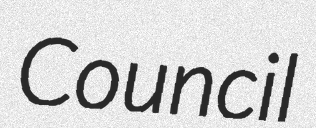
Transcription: Council